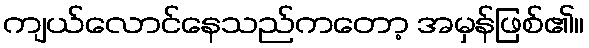
ကျယ်လောင်နေသည်ကတော့ အမှန်ဖြစ်၏။